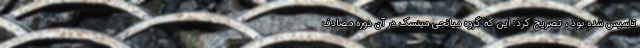
تاسیس شده بود ، تصریح کرد: این که گروه میانجی مینسک در آن دوره مصادف